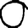
Digit: 0